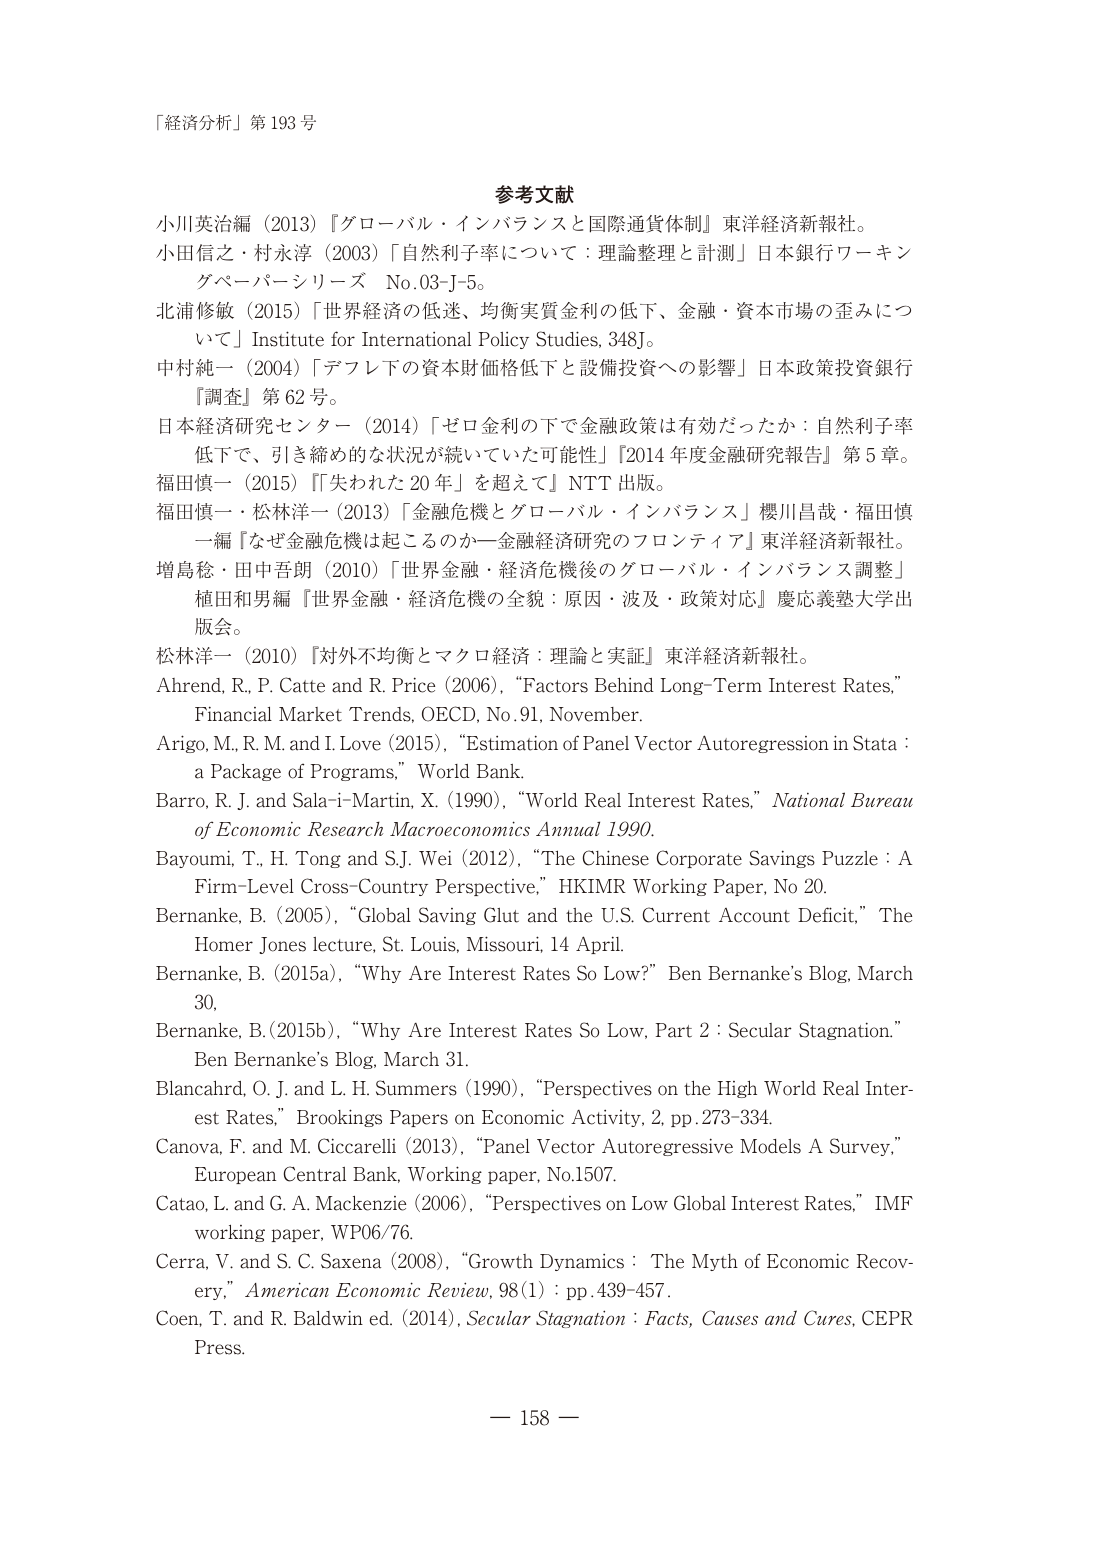
「経済分析」第 193 号

参考文献

小川英治編（2013）『グローバル・インバランスと国際通貨体制』東洋経済新報社。

小田信之・村永淳（2003）「自然利子率について：理論整理と計測」日本銀行ワーキングペーパーシリーズ No.03-J-5。

北浦修敏（2015）「世界経済の低迷、均衡実質金利の低下、金融・資本市場の歪みについて」Institute for International Policy Studies, 348J。

中村純一（2004）「デフレ下の資本財価格低下と設備投資への影響」日本政策投資銀行『調査』第 62 号。

日本経済研究センター（2014）「ゼロ金利の下で金融政策は有効だったか：自然利子率低下で、引き締め的な状況が続いていた可能性」『2014 年度金融研究報告』第 5 章。

福田慎一（2015）『「失われた 20 年」を超えて』NTT 出版。

福田慎一・松林洋一（2013）「金融危機とグローバル・インバランス」櫻川昌哉・福田慎一編『なぜ金融危機は起こるのか－金融経済研究のフロンティア』東洋経済新報社。

増島稔・田中吾朗（2010）「世界金融・経済危機後のグローバル・インバランス調整」植田和男編『世界金融・経済危機の全貌：原因・波及・政策対応』慶応義塾大学出版会。

松林洋一（2010）『対外不均衡とマクロ経済：理論と実証』東洋経済新報社。

Ahrend, R., P. Catte and R. Price (2006), “Factors Behind Long-Term Interest Rates,” Financial Market Trends, OECD, No.91, November.

Arigo, M., R. M. and I. Love (2015), “Estimation of Panel Vector Autoregression in Stata : a Package of Programs,” World Bank.

Barro, R. J. and Sala-i-Martin, X. (1990), “World Real Interest Rates,” National Bureau of Economic Research Macroeconomics Annual 1990.

Bayoumi, T., H. Tong and S.J. Wei (2012), “The Chinese Corporate Savings Puzzle : A Firm-Level Cross-Country Perspective,” HKIMR Working Paper, No 20.

Bernanke, B. (2005), “Global Saving Glut and the U.S. Current Account Deficit,” The Homer Jones lecture, St. Louis, Missouri, 14 April.

Bernanke, B. (2015a), “Why Are Interest Rates So Low?” Ben Bernanke’s Blog, March 30.

Bernanke, B. (2015b), “Why Are Interest Rates So Low, Part 2 : Secular Stagnation.” Ben Bernanke’s Blog, March 31.

Blanchard, O. J. and L. H. Summers (1990), “Perspectives on the High World Real Interest Rates,” Brookings Papers on Economic Activity, 2, pp. 273-334.

Canova, F. and M. Ciccarelli (2013), “Panel Vector Autoregressive Models A Survey,” European Central Bank, Working paper, No.1507.

Catao, L. and G. A. Mackenzie (2006), “Perspectives on Low Global Interest Rates,” IMF working paper, WP06/76.

Cerra, V. and S. C. Saxena (2008), “Growth Dynamics : The Myth of Economic Recovery,” American Economic Review, 98(1) : pp. 439-457.

Coen, T. and R. Baldwin ed. (2014), Secular Stagnation : Facts, Causes and Cures, CEPR Press.

— 158 —